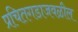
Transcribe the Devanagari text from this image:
प्रचितगडाजवळील